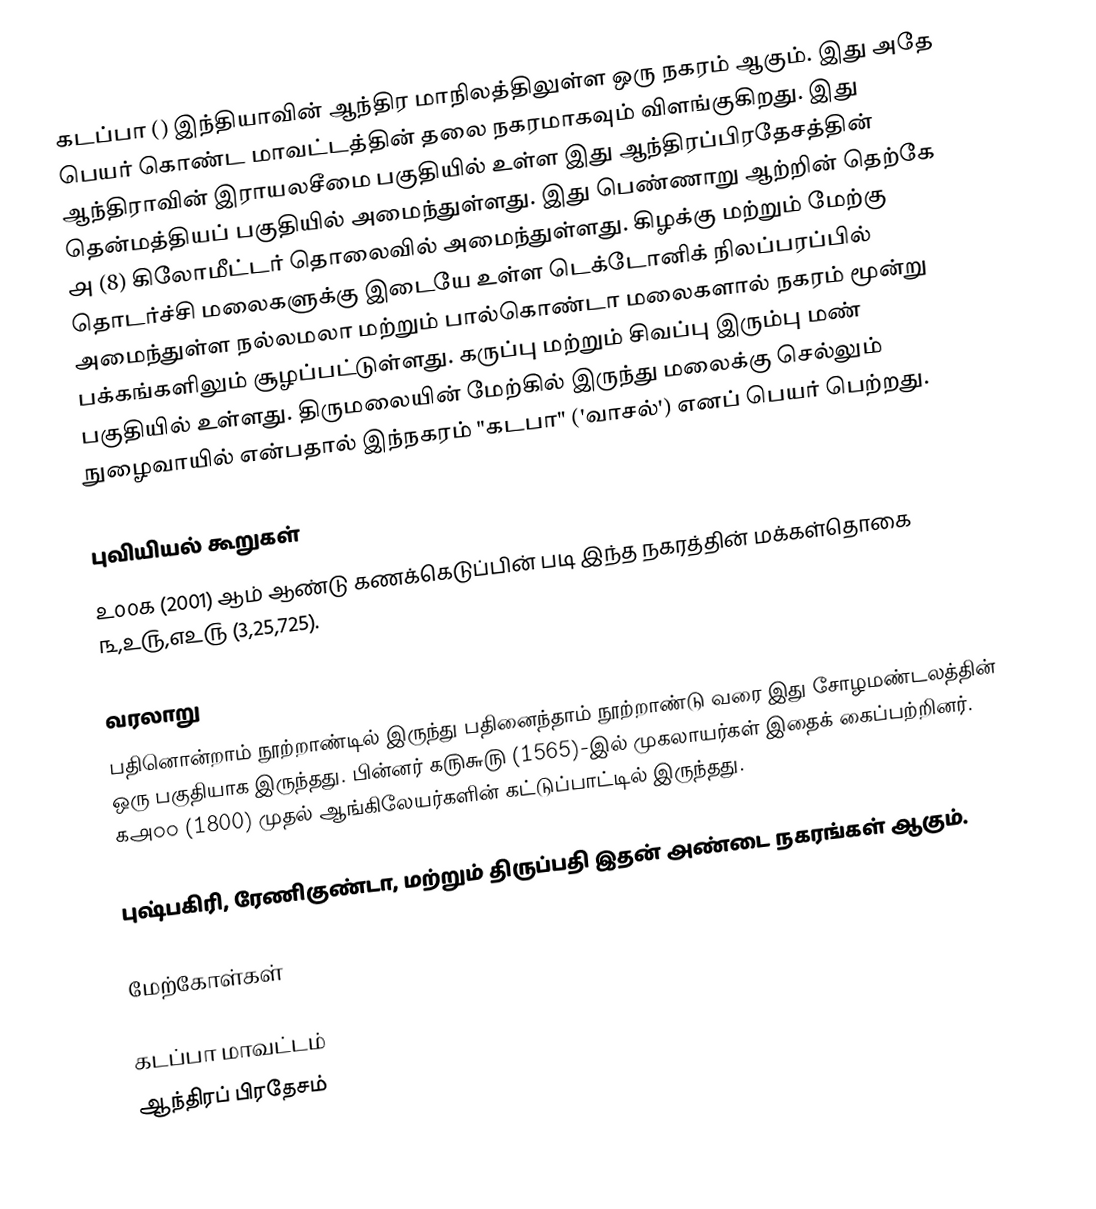
கடப்பா () இந்தியாவின் ஆந்திர மாநிலத்திலுள்ள ஒரு நகரம் ஆகும். இது அதே பெயர் கொண்ட மாவட்டத்தின் தலை நகரமாகவும் விளங்குகிறது. இது ஆந்திராவின் இராயலசீமை பகுதியில் உள்ள இது ஆந்திரப்பிரதேசத்தின் தென்மத்தியப் பகுதியில் அமைந்துள்ளது. இது பெண்ணாறு ஆற்றின் தெற்கே ௮ (8) கிலோமீட்டர் தொலைவில் அமைந்துள்ளது. கிழக்கு மற்றும் மேற்கு தொடர்ச்சி மலைகளுக்கு இடையே உள்ள டெக்டோனிக் நிலப்பரப்பில் அமைந்துள்ள நல்லமலா மற்றும் பால்கொண்டா மலைகளால் நகரம் மூன்று பக்கங்களிலும் சூழப்பட்டுள்ளது. கருப்பு மற்றும் சிவப்பு இரும்பு மண் பகுதியில் உள்ளது. திருமலையின் மேற்கில் இருந்து மலைக்கு செல்லும் நுழைவாயில் என்பதால் இந்நகரம் "கடபா" ('வாசல்') எனப் பெயர் பெற்றது.

புவியியல் கூறுகள்
௨௦௦௧ (2001) ஆம் ஆண்டு கணக்கெடுப்பின் படி இந்த நகரத்தின் மக்கள்தொகை ௩,௨௫,௭௨௫ (3,25,725).

வரலாறு
பதினொன்றாம் நூற்றாண்டில் இருந்து பதினைந்தாம் நூற்றாண்டு வரை இது சோழமண்டலத்தின் ஒரு பகுதியாக இருந்தது. பின்னர் ௧௫௬௫ (1565)-இல் முகலாயர்கள் இதைக் கைப்பற்றினர். ௧௮௦௦ (1800) முதல் ஆங்கிலேயர்களின் கட்டுப்பாட்டில் இருந்தது.

புஷ்பகிரி, ரேணிகுண்டா, மற்றும் திருப்பதி இதன் அண்டை நகரங்கள் ஆகும்.

மேற்கோள்கள்

கடப்பா மாவட்டம்
ஆந்திரப் பிரதேசம்